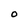
Character: O